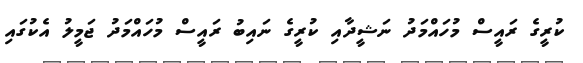
ކުރީގެ ރައީސް މުހައްމަދު ނަޝީދާއި ކުރީގެ ނައިބު ރައީސް މުހައްމަދު ޖަމީލު އެކުގައި